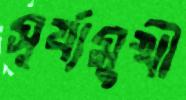
সূর্য্যমুখী